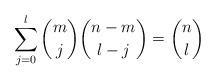
LaTeX: \begin{align*} \sum_{j=0}^{l}\binom{m}{j}\binom{n-m}{l-j}=\binom{n}{l}\end{align*}